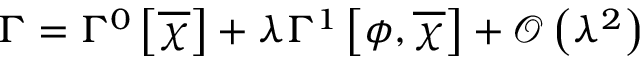
\Gamma = \Gamma ^ { 0 } \left[ \overline { { { \chi } } } \right] + \lambda \Gamma ^ { 1 } \left[ \phi , \overline { { { \chi } } } \right] + { \mathcal O } \left( \lambda ^ { 2 } \right)